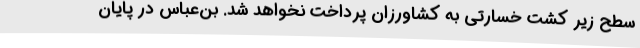
سطح زیر کشت خسارتی به کشاورزان پرداخت نخواهد شد. بن‌عباس در پایان